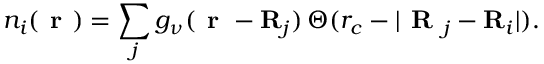
n _ { i } ( \textbf { r } ) = \sum _ { j } g _ { \nu } ( \textbf { r } - \mathbf { R } _ { j } ) \, \Theta ( r _ { c } - | \textbf { R } _ { j } - \mathbf { R } _ { i } | ) .